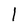
Character: l